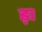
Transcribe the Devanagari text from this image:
ड़ा